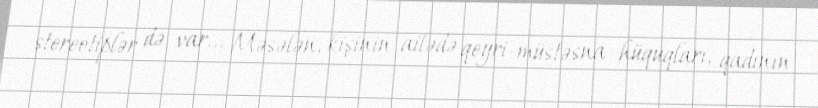
stereotiplər də var... Məsələn, kişinin ailədə qeyri-müstəsna hüquqları, qadının